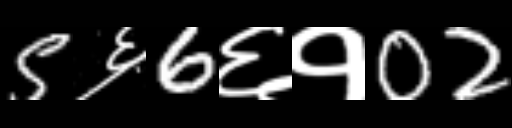
Text: 5६6६१02